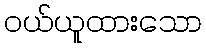
ဝယ်ယူထားသော